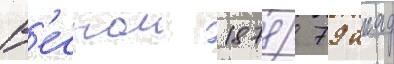
В'еснои 1878/ 79 акад